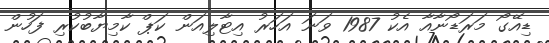
ޑިއޭގޯ މަރަޑޯނާއާ އެކު 1987 ވަނަ އަހަރު އިޓާލިއަން ކަޕް ކާމިޔާބުކުރި ފަހުން